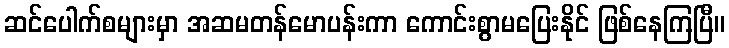
ဆင်ပေါက်စများမှာ အဆမတန်မောပန်းကာ ကောင်းစွာမပြေးနိုင် ဖြစ်နေကြပြီ။